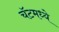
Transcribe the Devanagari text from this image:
चॅटमध्ये